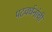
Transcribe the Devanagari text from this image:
पटवर्धनांची